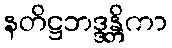
နတိဋ္ဌဘဒ္ဒန္တိကာ